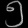
Digit: ၅